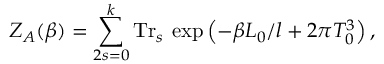
Z _ { A } ( \beta ) = \sum _ { 2 s = 0 } ^ { k } \mathrm { T r } _ { s } \: \exp \left( - \beta L _ { 0 } / l + 2 \pi T _ { 0 } ^ { 3 } \right) ,